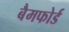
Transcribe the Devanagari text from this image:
बैमफोर्ड